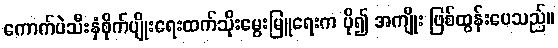
ကောက်ပဲသီးနှံစိုက်ပျိုးရေးထက်သိုးမွေးမြူရေးက ပို၍ အကျိုး ဖြစ်ထွန်းပေသည်။